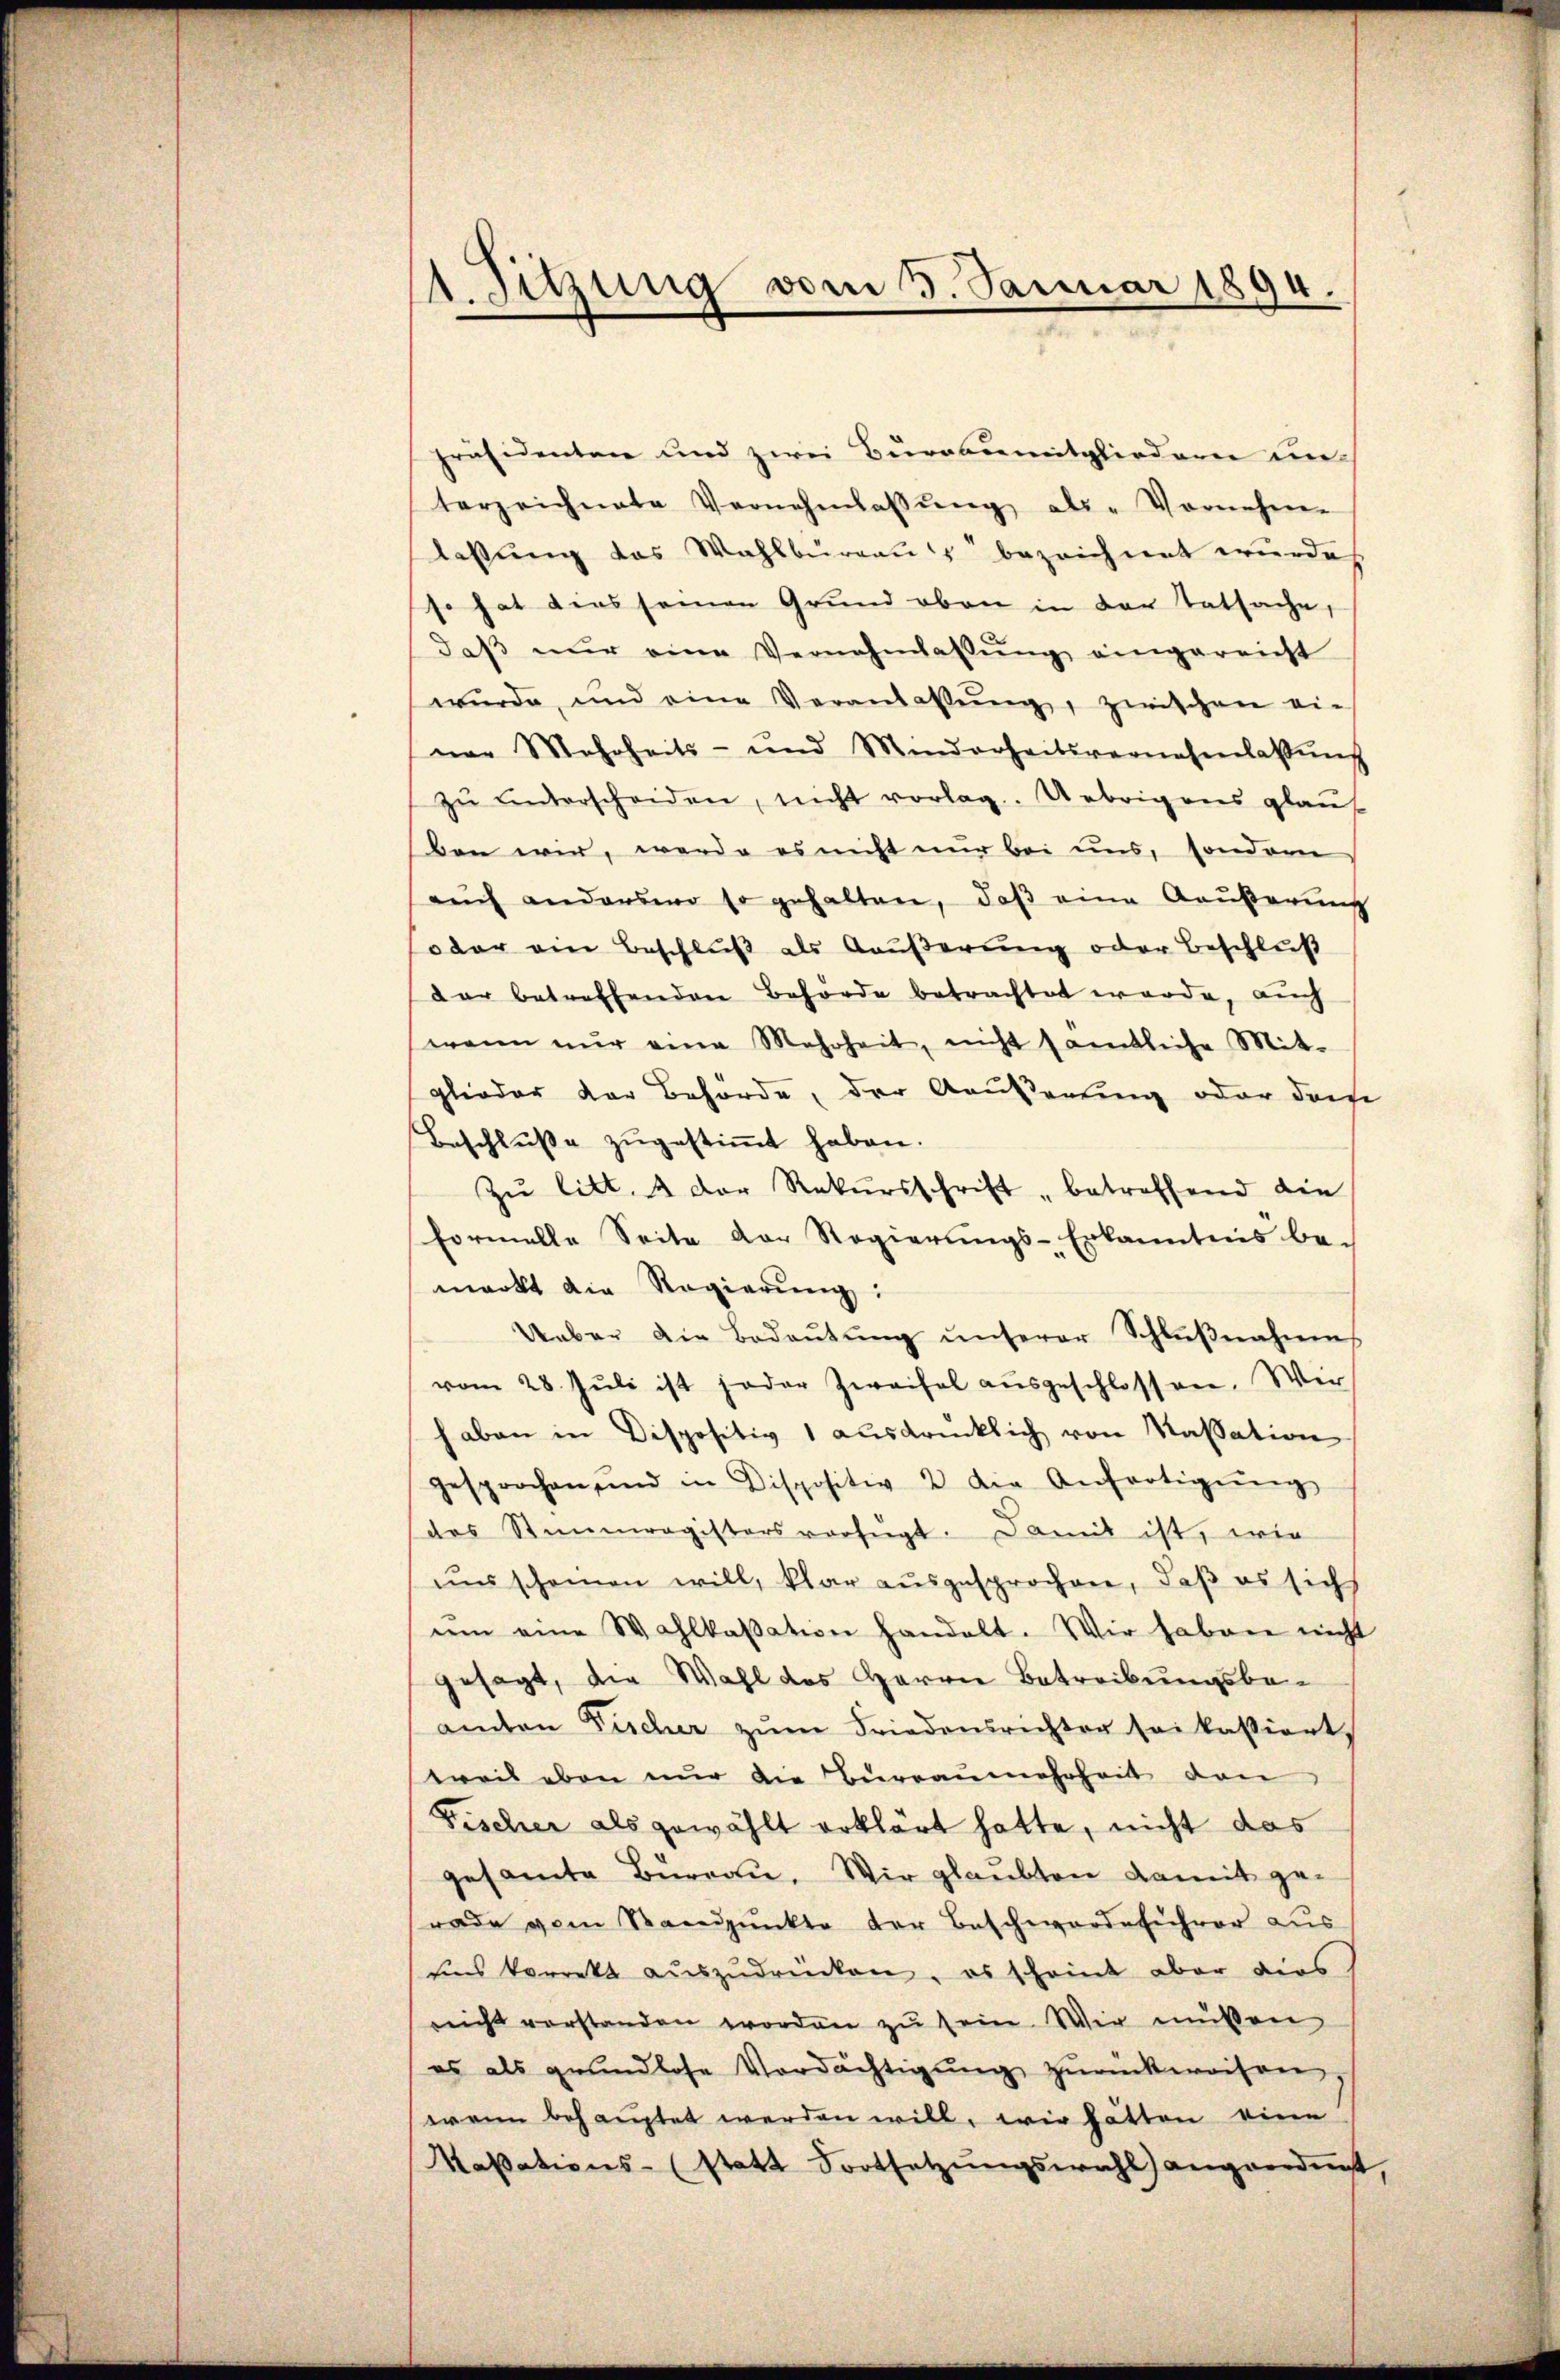
1 Sitzung vom 3. Januar 1894.

präsidenten und zwei Bürobumitgliedern un-
terzeichnete Vernehmlassŭng als Vornehme
lassung das Wahlburgau bezeichnet wurde
so hat dies seinen Grund oben in der Tatsache,
daβ nŭr eine Vernehmlassŭng eingereicht
wŭrde, und eine Veranlassŭng, zwischen ei-
ner Mehrheits- und Minderheitsvernehmlassŭng
zŭ ŭnterscheiden, nicht vorlag. Uebrigens glauf
ben wir, werde es nicht nur bei uns, sondern
auch anderswo so gehalten, daß eine Aeußerung
oder ein Beschluß als Aeußerung oder Beschluß
dar betreffenden Behörde betrachtet werde, auch
wann nŭr eine Mehrheit, nicht samtliche Mit-
glieder der Behörde, der Aussertung oder da
Beschluße zugestimmt haben.
Zu litt. 4 der Rekursschrift betreffend die
formelle Seite der Regierŭngs-Erkanntnis be-
markt die Regierŭng:
Ueber die Bedeŭtŭng ŭnserer Schlŭβnahmes
vom 28. Jŭli ist jeder Zweifel aŭsgeschlossen. Wir
haben in Dispositiv 1 ausdrücklich von Kassation
gesprochen und in Dispositiv 2. die Anfertigŭng
des Stimmregisters verfügt. Damit ist, wie
uns scheinen will, klar ausgesprochen, daß es sich
ŭm eine Wahlkassation handelt. Wir haben nicht
gesagt, die Wahl des Herren Betreibungsbe-
amten Fischer zŭm Friedensrichter sei kassiert
weil eben nur die Büreaŭmehrheit den
Fischer als gewählt erklärt hatte, nicht das
gesamte Büreau. Wir glaubten damit gerade vom Standpunkte der Beschwerde sicher aus
uns korrekt aŭszŭdrücken, es scheint aber dies
neicht vorstanden worden zŭ sein Wir müßen
es als grundlose Verdächtigŭng zŭrückweisen,
wann behauptet werden will, wie hätten eine
Kassations- (statt Fortsetzŭngswahl angeordnet,